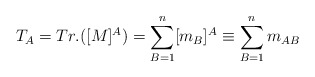
\begin{align*}T_A = Tr.([M]^A) = \sum^n_{B=1}[m_B]^A \equiv\sum^n_{B=1} m_{AB}\end{align*}